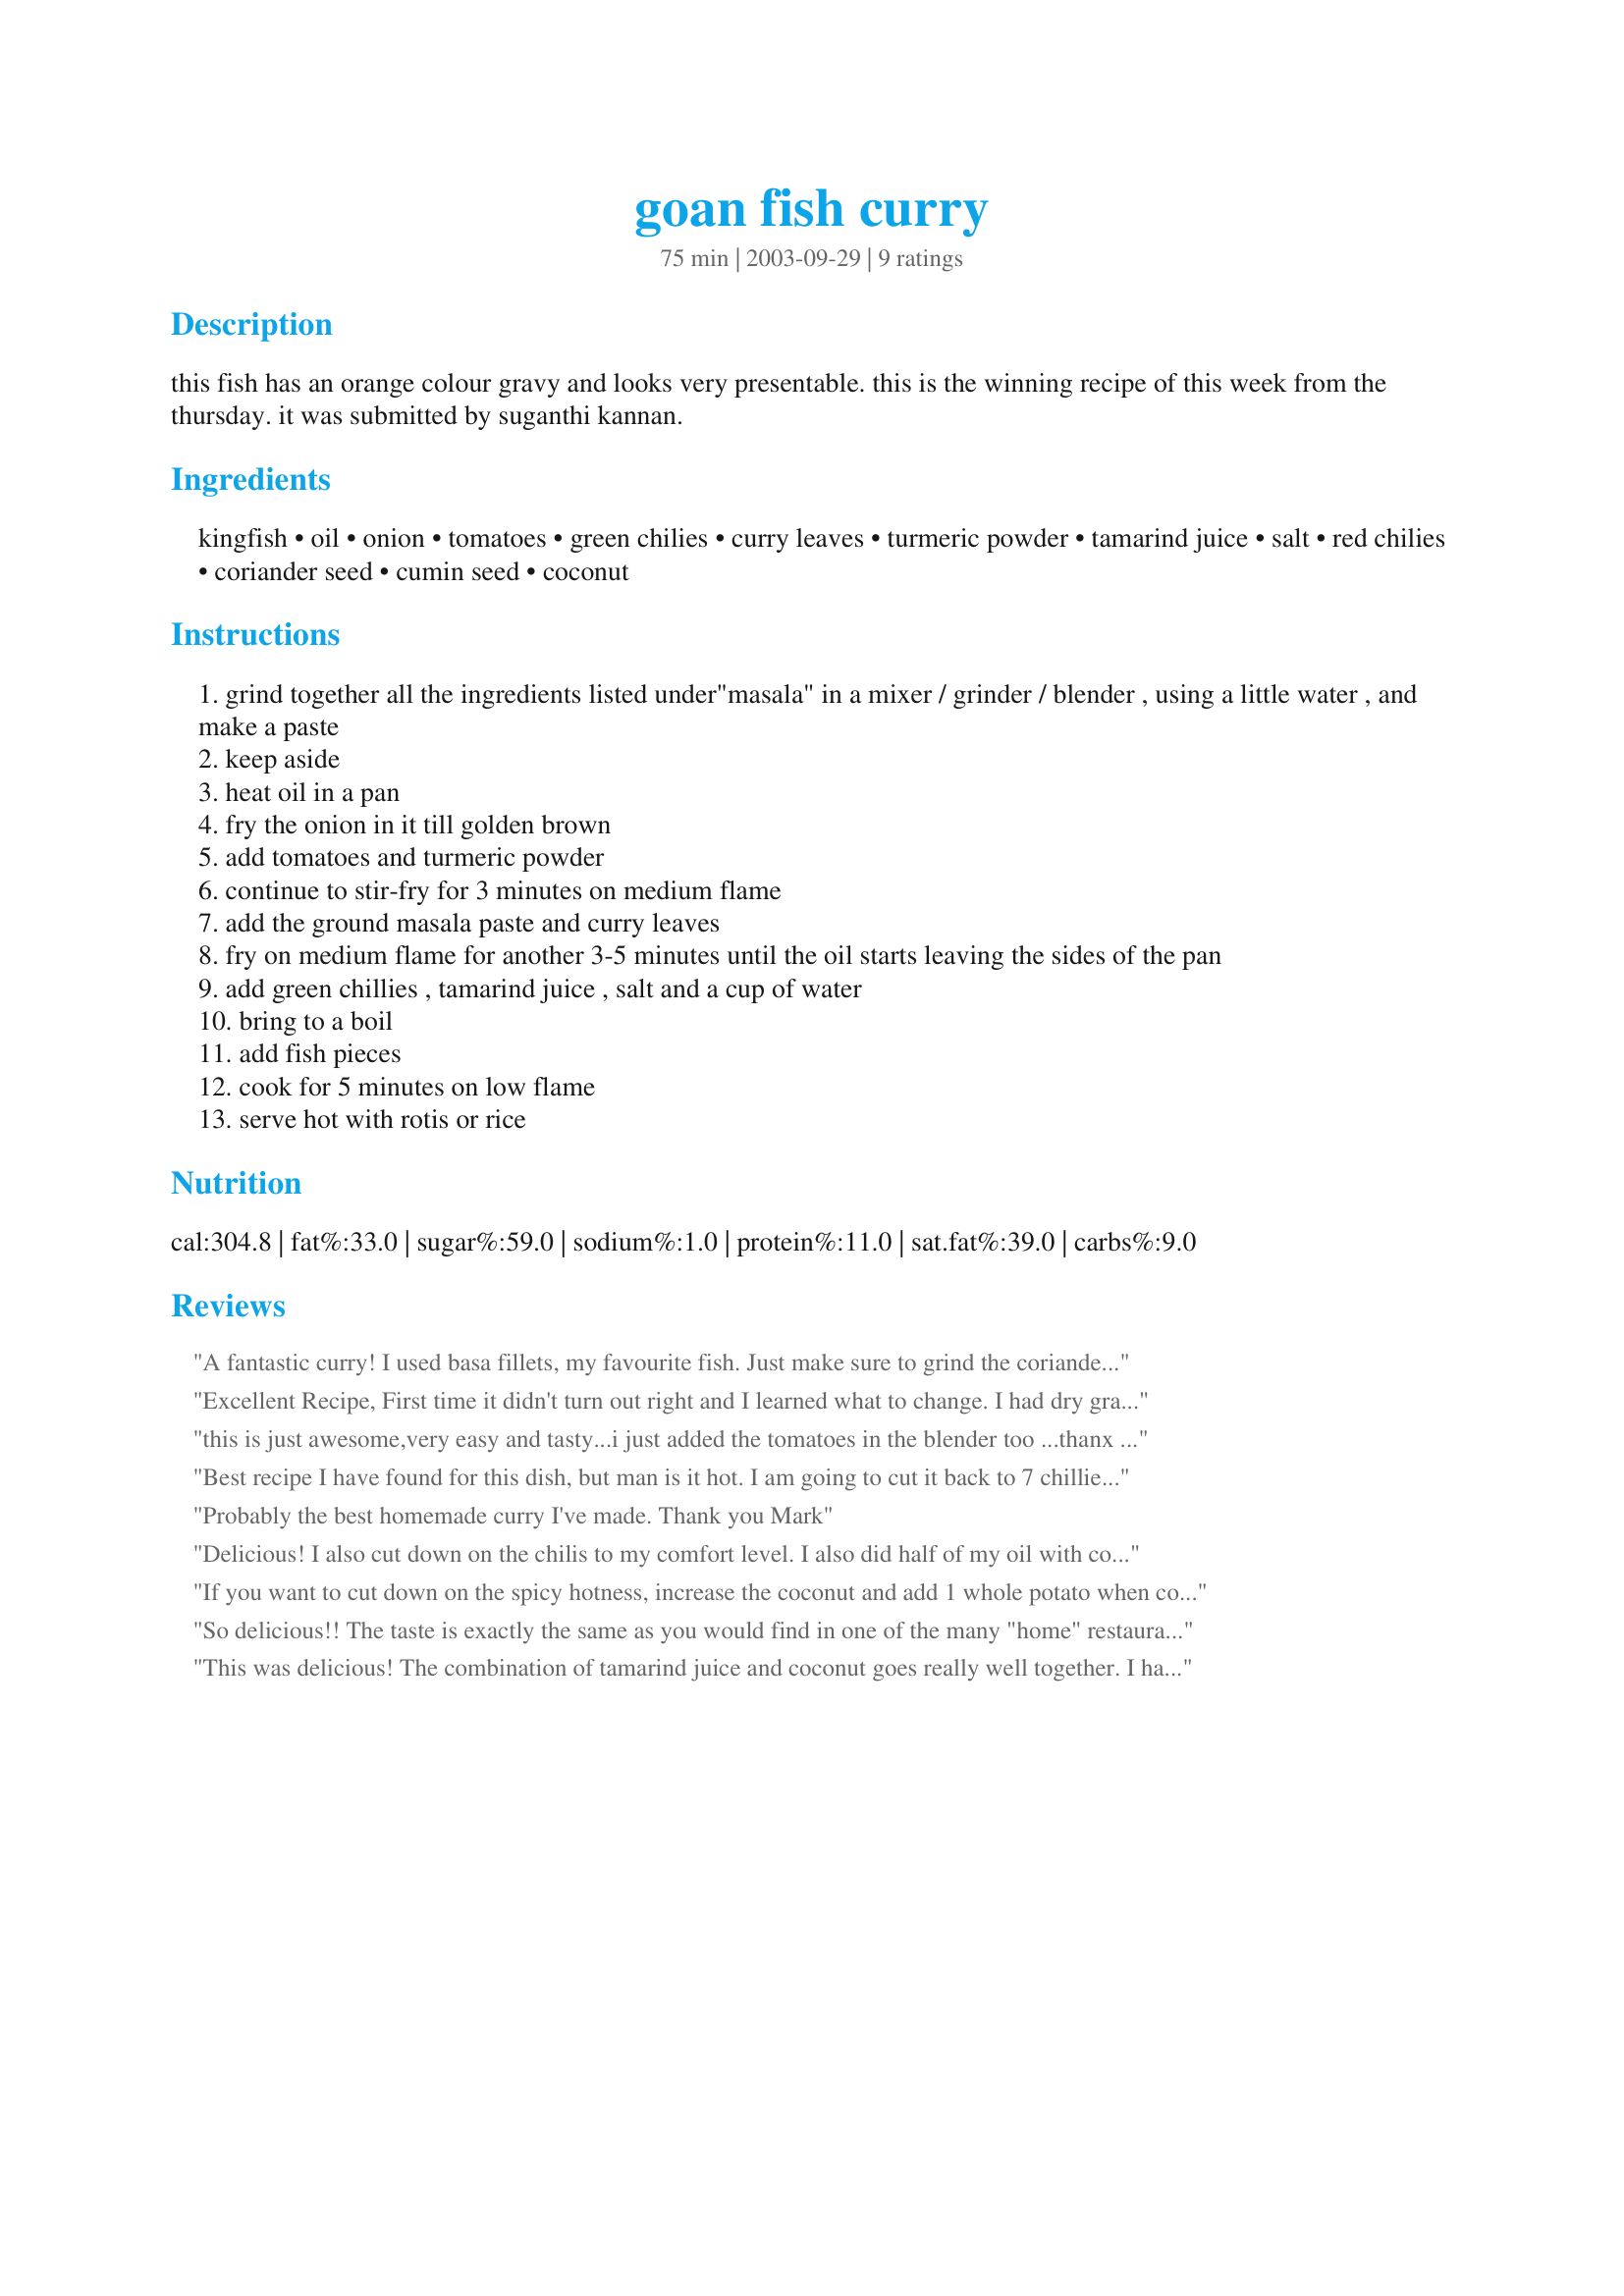
goan fish curry
Preparation time: 75 minutes

this fish has an orange colour gravy and looks very presentable. this is the winning recipe of this week from the thursday. it was submitted by suganthi kannan.

Ingredients:
kingfish, oil, onion, tomatoes, green chilies, curry leaves, turmeric powder, tamarind juice, salt, red chilies, coriander seed, cumin seed, coconut

Steps:
grind together all the ingredients listed under"masala" in a mixer / grinder / blender , using a little water , and make a paste
keep aside
heat oil in a pan
fry the onion in it till golden brown
add tomatoes and turmeric powder
continue to stir-fry for 3 minutes on medium flame
add the ground masala paste and curry leaves
fry on medium flame for another 3-5 minutes until the oil starts leaving the sides of the pan
add green chillies , tamarind juice , salt and a cup of water
bring to a boil
add fish pieces
cook for 5 minutes on low flame
serve hot with rotis or rice

Reviews:
A fantastic curry! I used basa fillets, my favourite fish. Just make sure to grind the coriander really fine before adding it to the blender, otherwise the crunchy bits will spoil the whole dish! Thanks for this winner curry.
Excellent Recipe,
First time it didn't turn out right and I learned what to change.
I had dry grated coconut and found it did not grind or flavour well so I added a small (1/2 size ones) can of coconut milk, this worked well and the masala turned out a nice paste, not to dry and not to wet.
I used coriander and cumin powder as I did not have the whole seeds.
Chillies you have to judge, sometimes the small chillies can be hot sometimes they are mild, besides the heat value they add a nice flavour so if they are hot ones remove the seeds so you can add more for the flavour while still controlling the heat.
this is just awesome,very easy and tasty...i just added the tomatoes in the blender too ...thanx
neena
Best recipe I have found for this dish, but man is it hot. I am going to cut it back to 7 chillies. Great recipe, thanks.
Probably the best homemade curry I've made.
Thank you
Mark
Delicious! I also cut down on the chilis to my comfort level. I also did half of my oil with cocnut oil. Can't wait to make for a dinner party.
If you want to cut down on the spicy hotness, increase the coconut and add 1 whole potato when cooking. When the dish is cooked, take out the potato and definitely you will be able to find ways to eat the hot potato.
So delicious!! The taste is exactly the same as you would find in one of the many "home" restaurants in Goa. Have a Goan fish curry recipe that I've been using for some time, but this is soo much better.
This was delicious! The combination of tamarind juice and coconut goes really well together. I halved the recipe and cut down the red chillies to just six, but it was still really chilli. Next time i'll put in just 3. Also, don't try this with coconut milk powder. Its really hard to grind the masala. Still turned out great though. Wow!
